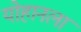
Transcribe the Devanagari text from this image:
योहानला